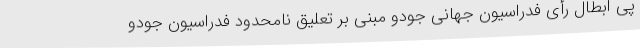
پی ابطال رأی فدراسیون جهانی جودو مبنی بر تعلیق نامحدود فدراسیون جودو